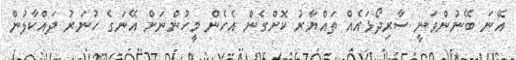
އޭނަ ބޭނުންވަނީ ސާރިދޯޅައެއް ތައްޔާރު ކޮށްގެން އެހެން މީހުންނަށް އޭނަގެ ހުނަރު ދައްކާލުން